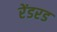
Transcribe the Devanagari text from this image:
रेंडरड